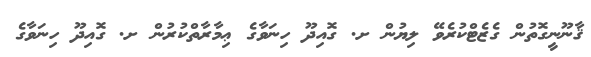
ޤާނޫނީގޮތުން ގެޒެޓްކުރެވޭ ލިޔުން ށ. ގޮއިދޫ ހިނަވާގެ ޢިމާރާތްކުރުން ށ. ގޮއިދޫ ހިނަވާގެ